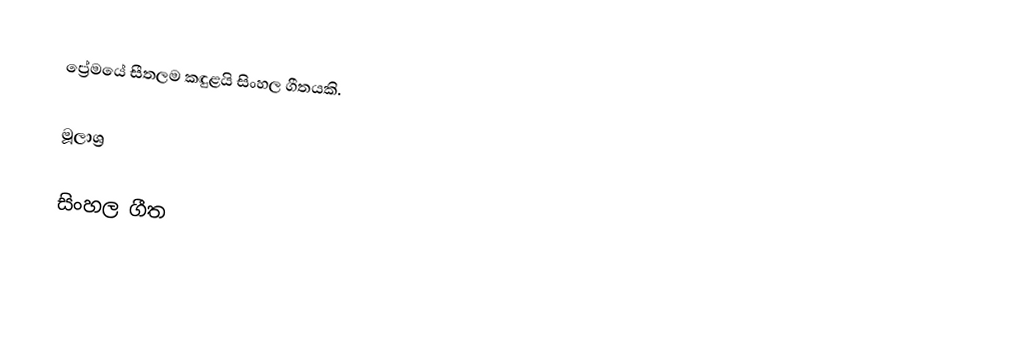
ප්‍රේමයේ සීතලම කඳුළයි සිංහල ගීතයකි.

මූලාශ්‍ර

සිංහල ගීත